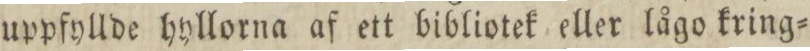
uppfyllde hyllorna af ett bibliotek eller lågo kring=